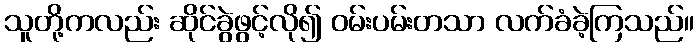
သူတို့ကလည်း ဆိုင်ခွဲဖွင့်လို၍ ဝမ်းပမ်းတသာ လက်ခံခဲ့ကြသည်။